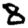
Digit: 8